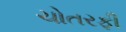
ચોતરફી